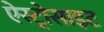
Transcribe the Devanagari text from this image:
ऐस्ट्रोसाइट